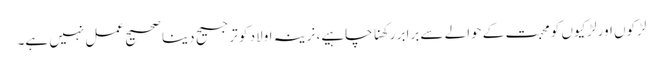
لڑکوں اور لڑکیوں کو محبت کے حوالے سے برابر رکھنا چاہیے، نرینہ اولاد کو ترجیح دینا صحیح عمل نہیں ہے۔